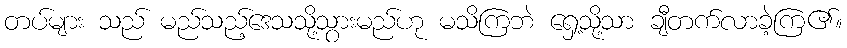
တပ်များ သည် မည်သည့်ဒေသသို့သွားမည်ဟု မသိကြဘဲ ရှေ့သို့သာ ချီတက်လာခဲ့ကြ၏။